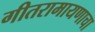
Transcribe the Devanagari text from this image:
गीतरामायणाचा